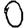
Digit: 0